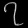
Digit: ၇